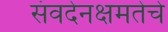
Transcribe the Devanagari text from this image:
संवदेनक्षमतेचे